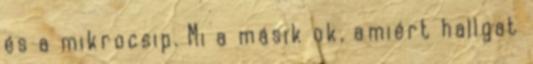
és a mikrocsip. Mi a másik ok, amiért hallgat